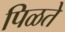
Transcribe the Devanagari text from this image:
पिळते